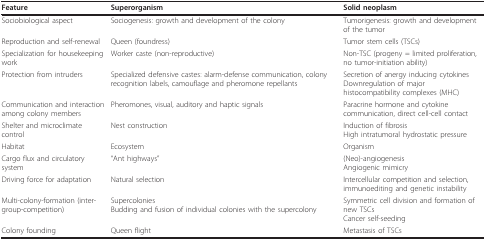
<table><thead><tr><td><b>Feature</b></td><td><b>Superorganism</b></td><td><b>Solid neoplasm</b></td></tr></thead><tbody><tr><td>Sociobiological aspect</td><td>Sociogenesis: growth and development of the colony</td><td>Tumorigenesis: growth and development of the tumor</td></tr><tr><td>Reproduction and self-renewal</td><td>Queen (foundress)</td><td>Tumor stem cells (TSCs)</td></tr><tr><td>Specialization for housekeeping work</td><td>Worker caste (non-reproductive)</td><td>Non-TSC (progeny = limited proliferation, no tumor-initiation ability)</td></tr><tr><td>Protection from intruders</td><td>Specialized defensive castes: alarm-defense communication, colony recognition labels, camouflage and pheromone repellants</td><td>Secretion of anergy inducing cytokinesDownregulation of major histocompatibility complexes (MHC)</td></tr><tr><td>Communication and interaction among colony members</td><td>Pheromones, visual, auditory and haptic signals</td><td>Paracrine hormone and cytokine communication, direct cell-cell contact</td></tr><tr><td>Shelter and microclimate control</td><td>Nest construction</td><td>Induction of fibrosisHigh intratumoral hydrostatic pressure</td></tr><tr><td>Habitat</td><td>Ecosystem</td><td>Organism</td></tr><tr><td>Cargo flux and circulatory system</td><td>&quot;Ant highways&quot;</td><td>(Neo)-angiogenesisAngiogenic mimicry</td></tr><tr><td>Driving force for adaptation</td><td>Natural selection</td><td>Intercellular competition and selection, immunoediting and genetic instability</td></tr><tr><td>Multi-colony-formation (inter-group-competition)</td><td>SupercoloniesBudding and fusion of individual colonies with the supercolony</td><td>Symmetric cell division and formation of new TSCsCancer self-seeding</td></tr><tr><td>Colony founding</td><td>Queen flight</td><td>Metastasis of TSCs</td></tr></tbody></table>